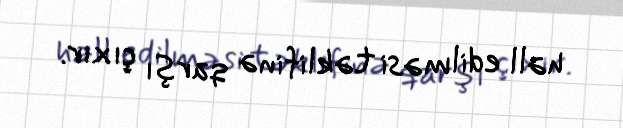
həll edilməsi təklifinə qarşı çıxır.